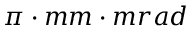
\pi \cdot m m \cdot m r a d